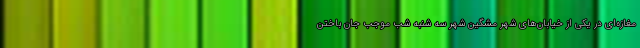
مغازه‌ای در یکی از خیابان‌های شهر مشگین شهر سه شنبه شب موجب جان باختن